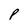
Character: P